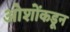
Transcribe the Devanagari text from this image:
ओशोंकडून